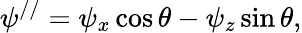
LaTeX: \psi^{//}=\psi_{x}\cos\theta-\psi_{z}\sin\theta,